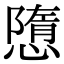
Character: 𢡢